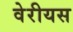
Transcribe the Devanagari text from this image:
वेरीयस